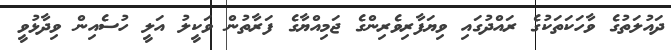
ދައުލަތުގެ ވާހަކަތަކުގެ ރައްދުގައި ވިޔަފާރިވެރިންގެ ޖަމިއްޔާގެ ފަރާތުން ވަކީލު އަލީ ހުސެއިން ވިދާޅުވީ